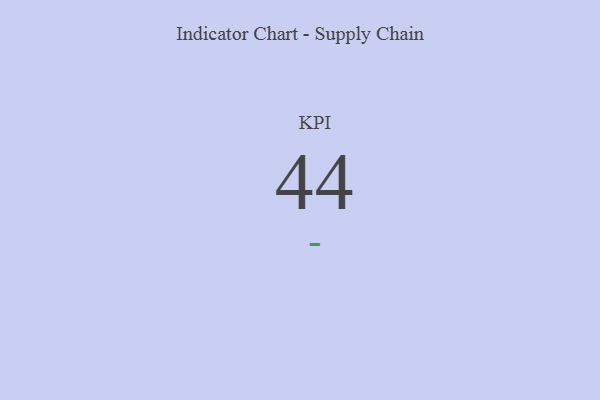
{"axis": {"x": "KPI", "y": "Value"}, "legend": [""], "data": [{"x": "KPI", "y": 44, "type": ""}]}